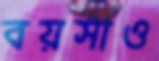
বয়সীও